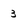
Character: 3